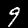
Label: 9